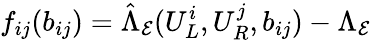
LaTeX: f_{ij}(b_{ij})=\hat{\Lambda}_{\mathcal{E}}(U_{L}^{i},U_{R}^{j},b_{ij})-\Lambda_{\mathcal{E}}